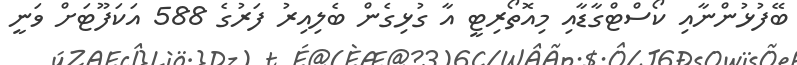
ބޭފުޅުންނާއި ކޯސްޓްގާޑާއި މިއޮތޯރިޓީ އާ ގުޅިގެން ބެލިއިރު ފަރުގެ 588 އަކަފޫޓަށް ވަނީ